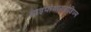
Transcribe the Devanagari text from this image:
हाइपोथायरोडिज्म